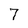
Character: 7